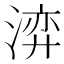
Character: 㴒